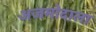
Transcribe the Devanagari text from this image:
अजमोदाला